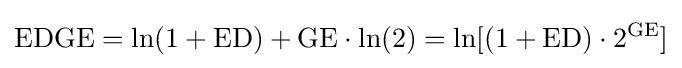
{\text{EDGE}}=\ln(1+{\text{ED}})+{\text{GE}}\cdot \ln(2)=\ln[(1+{\text{ED}})\cdot 2^{\text{GE}}]